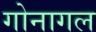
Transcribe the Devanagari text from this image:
गोनागल